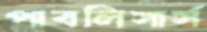
পাবলিসার্স